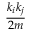
\frac { k _ { i } k _ { j } } { 2 m }